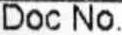
DOC NO.